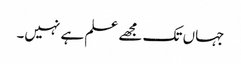
جہاں تک مجھے علم ہے نہیں۔